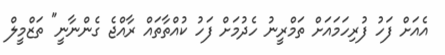
އެއަށް ފަހު ފުރިހަމައަށް ތަމްރީނު ހެދުމަށް ފަހު ކުއްތާތައް ރާއްޖެ ގެންނާނީ" ތަޒްމީލް